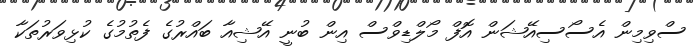
ސްވިމިން އެސޯސިއޭޝަން އޮފް މޯލްޑިވްސް އިން ބުނީ އޭޝިއާ ބައްރުގެ ފެތުމުގެ ކުޅިވަރުތަކާ